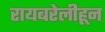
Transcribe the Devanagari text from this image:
रायबरेलीहून